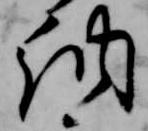
納